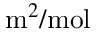
\mathrm { m } ^ { 2 } / \mathrm { m o l }